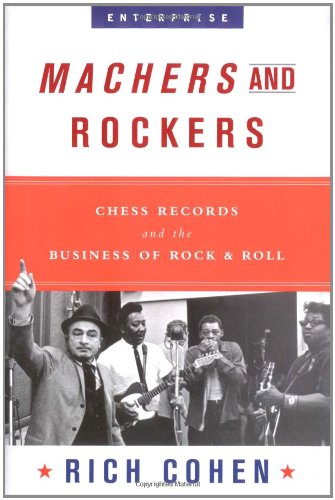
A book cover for Machers and Rockers: Chess Records and the Business of Rock & Roll (Enterprise); Rich Cohen; Business & Money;